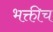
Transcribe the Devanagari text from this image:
भक्तीच